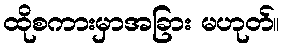
ထိုစကားမှာအခြား မဟုတ်။